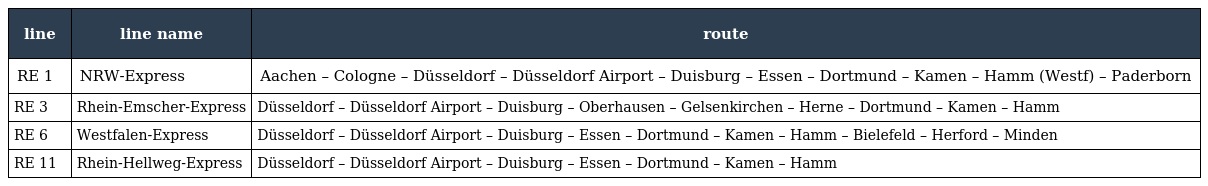
| line | line name | route |
 | --- | --- | --- |
 | RE 1 | NRW-Express | Aachen – Cologne – Düsseldorf – Düsseldorf Airport – Duisburg – Essen – Dortmund – Kamen – Hamm (Westf) – Paderborn |
 | RE 3 | Rhein-Emscher-Express | Düsseldorf – Düsseldorf Airport – Duisburg – Oberhausen – Gelsenkirchen – Herne – Dortmund – Kamen – Hamm |
 | RE 6 | Westfalen-Express | Düsseldorf – Düsseldorf Airport – Duisburg – Essen – Dortmund – Kamen – Hamm – Bielefeld – Herford – Minden |
 | RE 11 | Rhein-Hellweg-Express | Düsseldorf – Düsseldorf Airport – Duisburg – Essen – Dortmund – Kamen – Hamm |